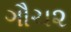
ગૌચ૨